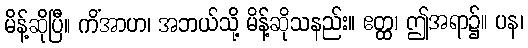
မိန့်ဆိုပြီ။ ကိံအာဟ၊ အဘယ်သို့ မိန့်ဆိုသနည်း။ ဧတ္ထ၊ ဤအရာ၌။ ပန၊